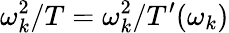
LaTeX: \omega_{k}^{2}/T=\omega_{k}^{2}/T^{\prime}(\omega_{k})